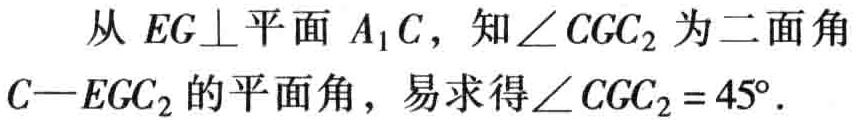
从 \(EG\perp\)平面 \(A_{1}C\)，知\(\angle CGC_{2}\)为二面角 \(C - EGC_{2}\)的平面角，易求得\(\angle CGC_{2}=45^{\circ}\)。